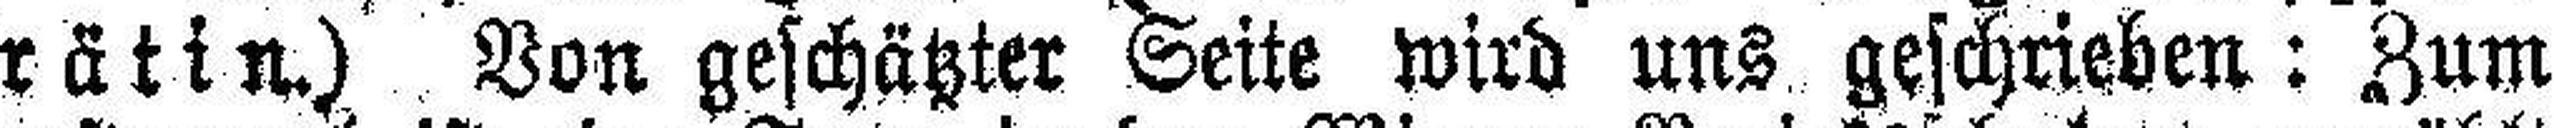
rätin.) Von geschätzter Seite wird uns geschrieben: Zum